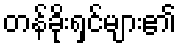
တန်ခိုးရှင်များ၏